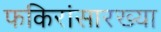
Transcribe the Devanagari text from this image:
फकिरांसारख्या